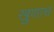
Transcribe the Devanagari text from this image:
खुणाच